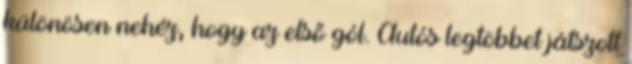
különösen nehéz, hogy az első gól. Autós legtöbbet játszott